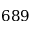
6 8 9